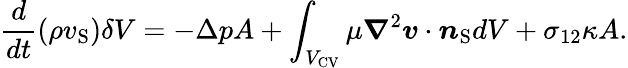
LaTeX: \frac{d}{dt}(\rho v_{\mathrm{{S}}})\delta V=-\Delta pA+\int_{{V_{\mathrm{{CV}}}}}\mu\boldsymbol{\nabla}^{2}\boldsymbol{v}\cdot\boldsymbol{n}_{\mathrm{{S}}}dV+\sigma_{12}\kappa A.